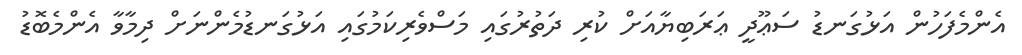
އެންމެފަހުން އަޅުގަނޑު ސަޢޫދީ ޢަރަބިޔާއަށް ކުރި ދަތުރުގައި މަސްވެރިކަމުގައި އަޅުގަނޑުމެންނަށް ދިމާވާ އެންމެބޮޑު